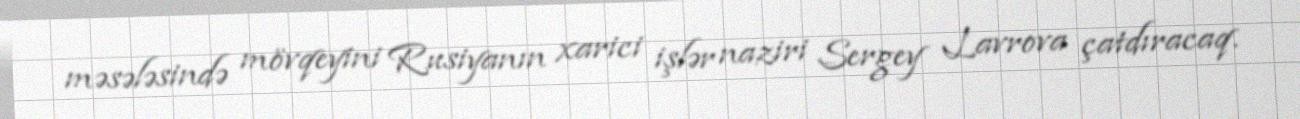
məsələsində mövqeyini Rusiyanın xarici işlər naziri Sergey Lavrova çatdıracaq.